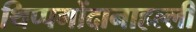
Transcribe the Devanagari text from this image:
थिप्पगोंदानाहल्ली